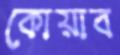
কোয়াব